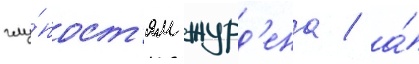
глу́пост'ям журд'ена / а́